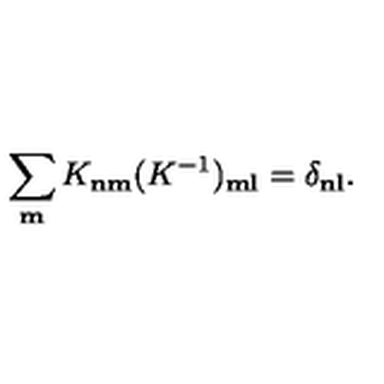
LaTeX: \sum _ { \bf m } K _ { \bf n \bf m } ( K ^ { - 1 } ) _ { \bf m \bf l } = \delta _ { \bf n \bf l } .